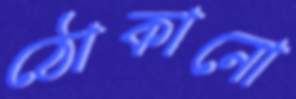
ঠোকানো